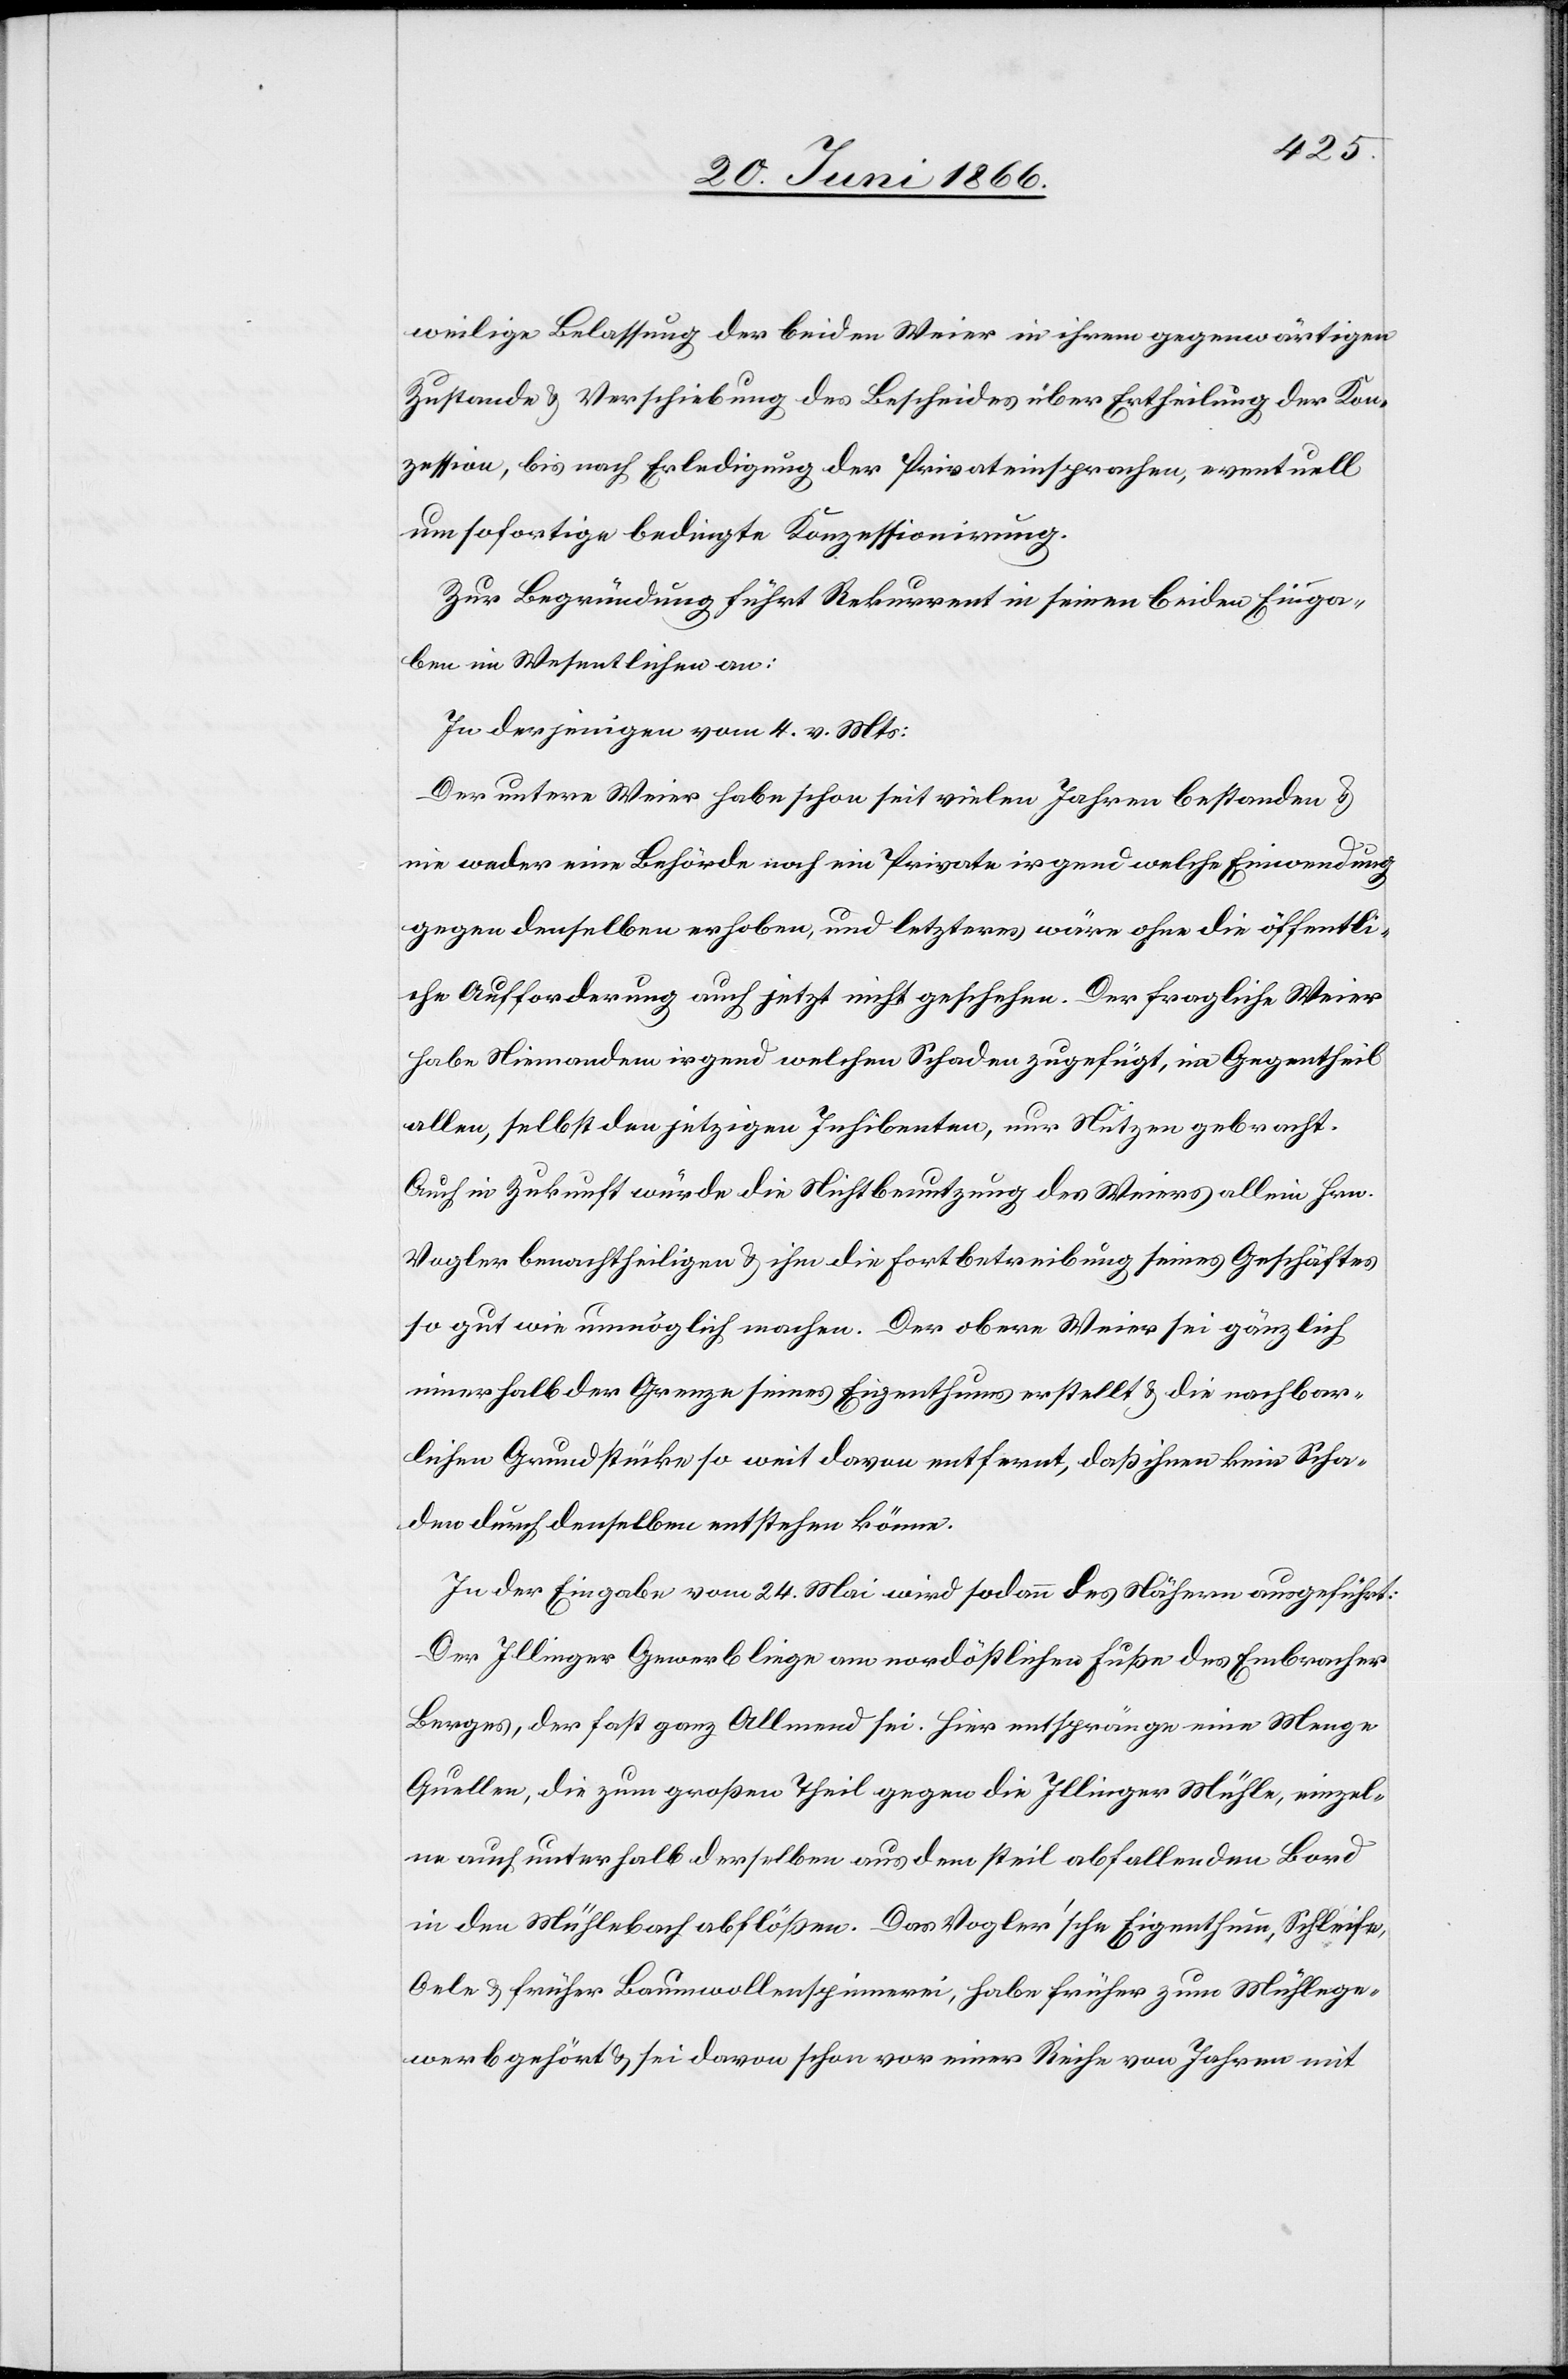
weilige Belassung der beiden Weier in ihrem gegenwärtigen
Zustande u. Verschiebung des Bescheides über Ertheilung der Kon¬
zession, bis nach Erledigung der Privateinsprechen, eventuell
um sofortige bedingte Konzessionirung.
Zur Begründung führt Rekurrent in seinen beiden Einga¬
ben im Wesentlichen an:
In derjenigen vom 4. v. Mts.:
Der untere Weier habe schon seit vielen Jahren bestanden u.
nie weder eine Behörde noch ein Private[r] irgendwelche Einwendungen
gegen denselben erhoben, und letzteres wäre ohne die öffentli¬
che Aufforderung auch jetzt nicht geschehen. Der fragliche Weier
habe Niemandem irgend welchen Schaden zugefügt, im Gegentheil
allen, selbst den jetzigen Inhibenten, nur Nutzen gebracht.
Auch in Zukunft würde die Nichtbenutzung des Weiers allein Hrn.
Vogler benachtheiligen u. ihm die Fortbetreibung seines Geschäftes
so gut wie unmöglich machen. Der obere Weier sei gänzlich
innerhalb der Grenze seines Eigenthums erstellt u. die nachbar¬
lichen Grundstücke so weit davon entfernt, daß ihnen kein Scha¬
den durch denselben entstehen könne.
In der Eingabe vom 24. Mai wird sodann das Nähere ausgeführt:
Der Illinger Gewerb liege am nordöstlichen Fuße des Embracher
Berges, der fast ganz Allmend sei. Hier entspränge eine Menge
Quellen, die zum großen Theil gegen die Illinger Mühle, einzel¬
ne auch unterhalb derselben aus dem steil abfallenden Land
in den Mühlebach abflößen. Das Vogler’sche Eigenthum, Schleife,
Oele u. früher Baumwollenspinnerei, habe früher zum Mühlege¬
werb gehört u. sei davon schon vor einer Reihe von Jahren mit